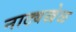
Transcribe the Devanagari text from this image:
नाट्यखेळ